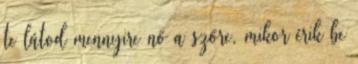
te látod mennyire nő a szőre, mikor érik be